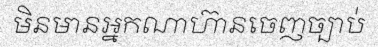
មិនមានអ្នកណាហ៊ានចេញច្បាប់